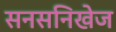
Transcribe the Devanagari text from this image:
सनसनिखेज